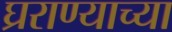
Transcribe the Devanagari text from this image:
घ्रराण्याच्या